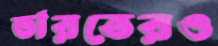
ভারতেরও